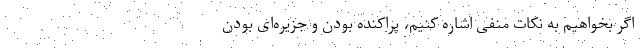
اگر بخواهیم به نکات منفی اشاره کنیم، پراکنده بودن و جزیره‌ای بودن